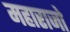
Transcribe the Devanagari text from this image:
महाराजो